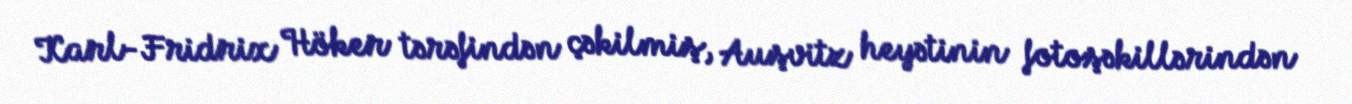
Karl-Fridrix Höker tərəfindən çəkilmiş, Auşvitz heyətinin fotoşəkillərindən